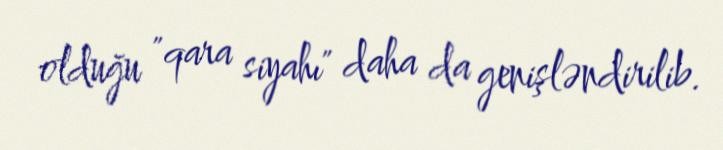
olduğu "qara siyahı" daha da genişləndirilib.